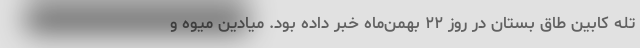
تله کابین طاق بستان در روز ۲۲ بهمن‌ماه خبر داده بود. میادین میوه و